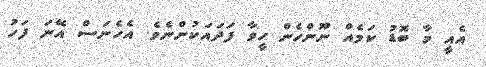
އެއީ މާ ބޮޑު ކަމެއް ނޫންހެން ހީވާ ފަދައަކުންނެވެ. އެހެނަސް އޭނަ ފަހު